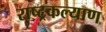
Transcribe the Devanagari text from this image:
राष्ट्रकल्याण